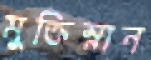
মুক্তিস্নান